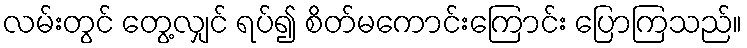
လမ်းတွင် တွေ့လျှင် ရပ်၍ စိတ်မကောင်းကြောင်း ပြောကြသည်။